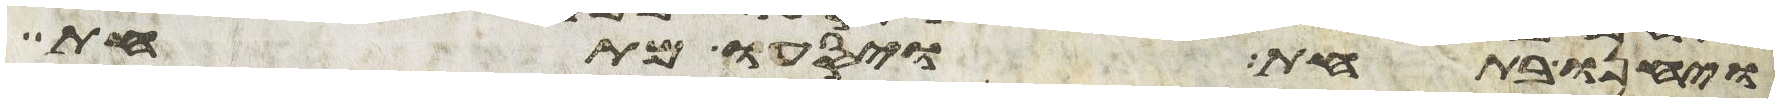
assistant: ויחנו בתחת ויסעו מתחת